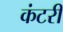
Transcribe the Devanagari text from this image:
कंटरी